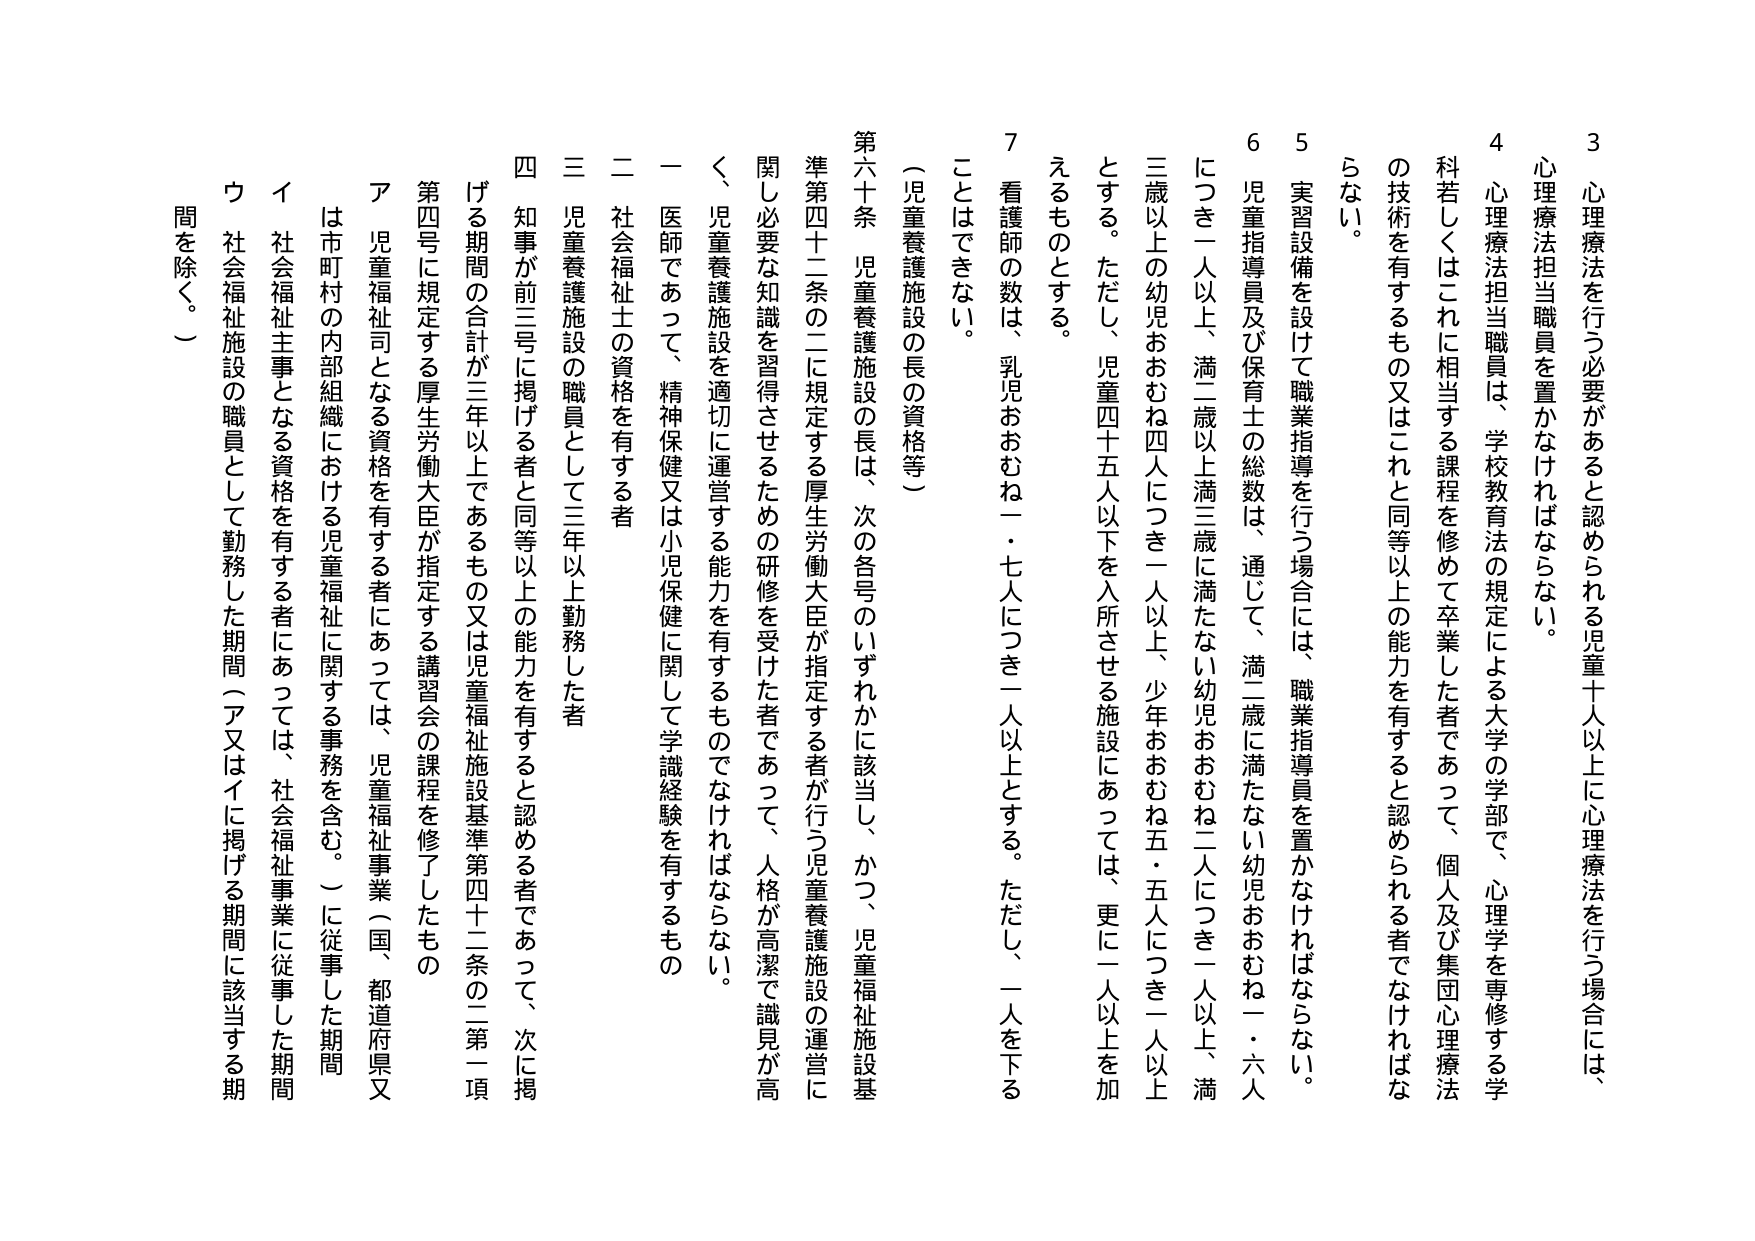
3 心理療法を行う必要があると認められる児童十人以上に心理療法を行う場合には、心理療法担当職員を置かなければならない。

4 心理療法担当職員は、学校教育法の規定による大学の学部で、心理学を専修する学科若しくはこれに相当する課程を修めて卒業した者であって、個人及び集団心理療法の技術を有するもの又はこれと同等以上の能力を有すると認められる者でなければならない。

5 実習設備を設けて職業指導を行う場合には、職業指導員を置かなければならない。

6 児童指導員及び保育士の総数は、通じて、満二歳に満たない幼児おおむね一・六人につき一人以上、満二歳以上満三歳に満たない幼児おおむね二人につき一人以上、満三歳以上の幼児おおむね四人につき一人以上、少年おおむね五・五人につき一人以上とする。ただし、児童四十五人以下を入所させる施設にあっては、更に一人以上を加えるものとする。

7 看護師の数は、乳児おおむね一・七人につき一人以上とする。ただし、一人を下ることはできない。

第六十条 児童養護施設の長の資格等

児童養護施設の長は、次の各号のいずれかに該当し、かつ、児童福祉施設基準第四十二条の二に規定する厚生労働大臣が指定する者が行う児童養護施設の運営に関し必要な知識を習得させるための研修を受けた者であって、人格が高潔で識見が高く、児童養護施設を適切に運営する能力を有するものでなければならない。

一 医師であって、精神保健又は小児保健に関して学識経験を有するもの

二 社会福祉士の資格を有する者

三 児童養護施設の職員として三年以上勤務した者

四 知事が前三号に掲げる者と同等以上の能力を有すると認める者であって、次に掲げる期間の合計が三年以上であるもの又は児童福祉施設基準第四十二条の二第一項第四号に規定する厚生労働大臣が指定する講習会の課程を修了したもの

ア 児童福祉司となる資格を有する者にあっては、児童福祉事業（国、都道府県又は市町村の内部組織における児童福祉に関する事務を含む。）に従事した期間

イ 社会福祉主事となる資格を有する者にあっては、社会福祉事業に従事した期間

ウ 社会福祉施設の職員として勤務した期間（ア又はイに掲げる期間に該当する期間を除く。）